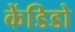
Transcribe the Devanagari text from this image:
केंडिडो